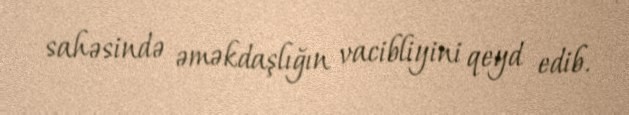
sahəsində əməkdaşlığın vacibliyini qeyd edib.